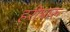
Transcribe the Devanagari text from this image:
हरीभारू